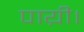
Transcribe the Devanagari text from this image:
पाय़ी।